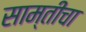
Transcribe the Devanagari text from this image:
साम्तीचा